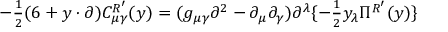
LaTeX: - { \textstyle \frac { 1 } { 2 } } ( 6 + y \cdot \partial ) C _ { \mu \gamma } ^ { R ^ { \prime } } ( y ) = ( g _ { \mu \gamma } \partial ^ { 2 } - \partial _ { \mu } \partial _ { \gamma } ) \partial ^ { \lambda } \{ - { \textstyle \frac { 1 } { 2 } } y _ { \lambda } \Pi ^ { R ^ { \prime } } ( y ) \}